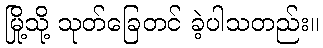
မြို့သို့ သုတ်ခြေတင် ခဲ့ပါသတည်း။